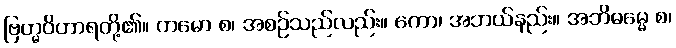
ဗြဟ္မဝိဟာရတို့၏။ ကမော စ၊ အစဉ်သည်လည်း။ ကော၊ အဘယ်နည်း။ အဘိဓမ္မေ စ၊